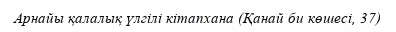
Арнайы қалалық үлгілі кітапхана (Қанай би көшесі, 37)